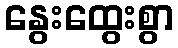
နွေးထွေးစွာ